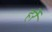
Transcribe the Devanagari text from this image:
हर्रे